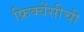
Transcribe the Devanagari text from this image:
फ्रिक्वेंसीची